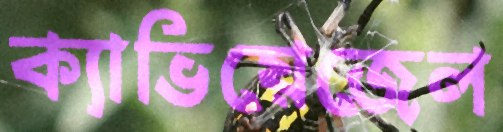
ক্যাভিয়েজেল